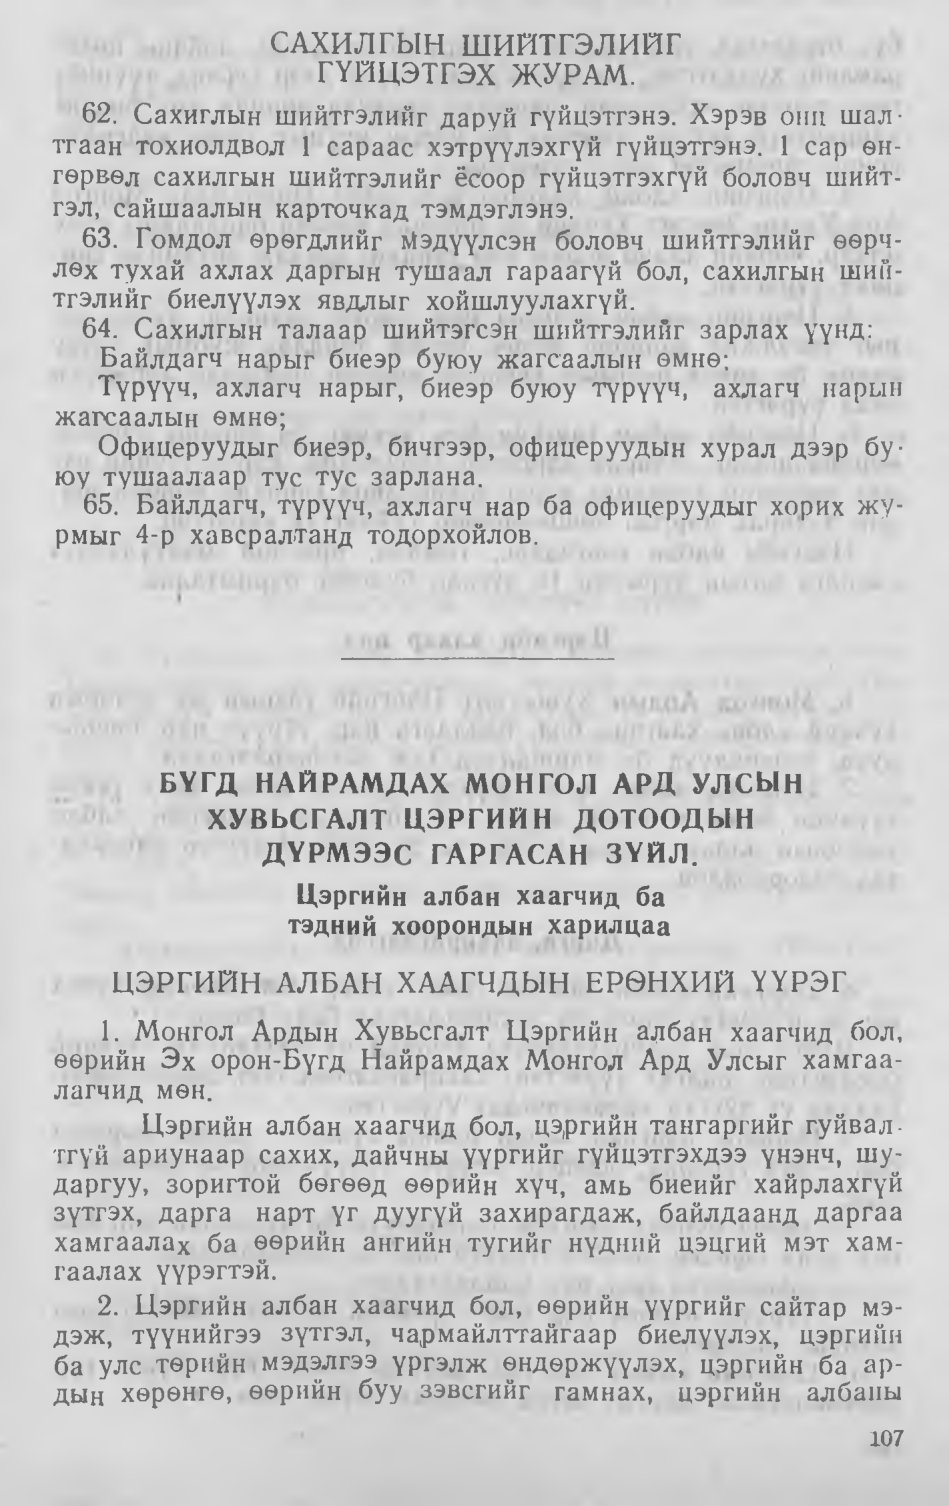
Language: mn